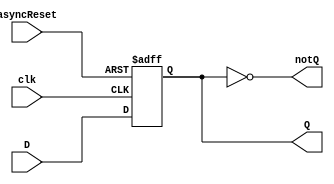
`timescale 1ns / 1ps
//////////////////////////////////////////////////////////////////////////////////
// Company: 
// Engineer: 
// 
// Design Name: 
// Module Name: dff_async_reset
// Project Name: 
// Target Devices: 
// Tool Versions: 
// Description: 
// 
// Dependencies: 
// 
// Revision:
// Revision 0.01 - File Created
// Additional Comments:
// 
//////////////////////////////////////////////////////////////////////////////////


module dff_async_reset(
    input D,
    input clk,
    input asyncReset,
    output reg Q,
    output notQ
    );
    
    initial Q = 0;
    assign notQ = ~Q;
    always @(posedge clk or posedge asyncReset) begin
        if(asyncReset) begin
            Q <= 0;
        end else begin
            Q <= D;
        end
    end
    
endmodule